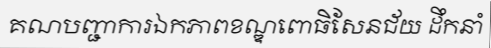
គណបញ្ជាការឯកភាពខណ្ឌពោធិសែនជ័យ ដឹកនាំ